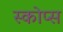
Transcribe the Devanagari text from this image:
स्कोप्स